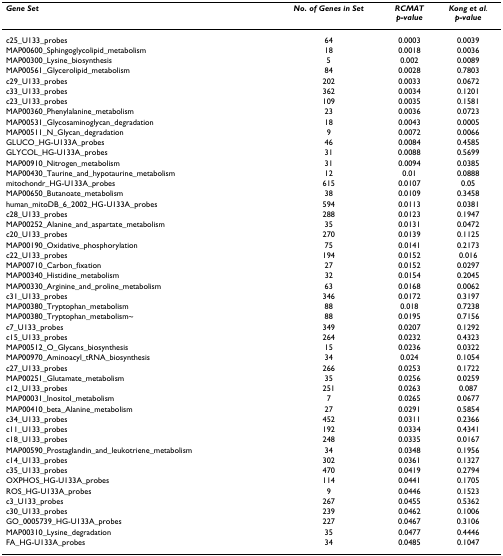
<table><thead><tr><td><b><i>Gene Set</i></b></td><td><b><i>No. of Genes in Set</i></b></td><td><b><i>RCMAT</i><i>p-value</i></b></td><td><b><i>Kong et al</i>.<i>p-value</i></b></td></tr></thead><tbody><tr><td>c25_U133_probes</td><td>64</td><td>0.0003</td><td>0.0039</td></tr><tr><td>MAP00600_Sphingoglycolipid_metabolism</td><td>18</td><td>0.0018</td><td>0.0036</td></tr><tr><td>MAP00300_Lysine_biosynthesis</td><td>5</td><td>0.002</td><td>0.0089</td></tr><tr><td>MAP00561_Glycerolipid_metabolism</td><td>84</td><td>0.0028</td><td>0.7803</td></tr><tr><td>c29_U133_probes</td><td>202</td><td>0.0033</td><td>0.0672</td></tr><tr><td>c33_U133_probes</td><td>362</td><td>0.0034</td><td>0.1201</td></tr><tr><td>c23_U133_probes</td><td>109</td><td>0.0035</td><td>0.1581</td></tr><tr><td>MAP00360_Phenylalanine_metabolism</td><td>23</td><td>0.0036</td><td>0.0723</td></tr><tr><td>MAP00531_Glycosaminoglycan_degradation</td><td>18</td><td>0.0043</td><td>0.0005</td></tr><tr><td>MAP00511_N_Glycan_degradation</td><td>9</td><td>0.0072</td><td>0.0066</td></tr><tr><td>GLUCO_HG-U133A_probes</td><td>46</td><td>0.0084</td><td>0.4585</td></tr><tr><td>GLYCOL_HG-U133A_probes</td><td>31</td><td>0.0088</td><td>0.5699</td></tr><tr><td>MAP00910_Nitrogen_metabolism</td><td>31</td><td>0.0094</td><td>0.0385</td></tr><tr><td>MAP00430_Taurine_and_hypotaurine_metabolism</td><td>12</td><td>0.01</td><td>0.0888</td></tr><tr><td>mitochondr_HG-U133A_probes</td><td>615</td><td>0.0107</td><td>0.05</td></tr><tr><td>MAP00650_Butanoate_metabolism</td><td>38</td><td>0.0109</td><td>0.3458</td></tr><tr><td>human_mitoDB_6_2002_HG-U133A_probes</td><td>594</td><td>0.0113</td><td>0.0381</td></tr><tr><td>c28_U133_probes</td><td>288</td><td>0.0123</td><td>0.1947</td></tr><tr><td>MAP00252_Alanine_and_aspartate_metabolism</td><td>35</td><td>0.0131</td><td>0.0472</td></tr><tr><td>c20_U133_probes</td><td>270</td><td>0.0139</td><td>0.1125</td></tr><tr><td>MAP00190_Oxidative_phosphorylation</td><td>75</td><td>0.0141</td><td>0.2173</td></tr><tr><td>c22_U133_probes</td><td>194</td><td>0.0152</td><td>0.016</td></tr><tr><td>MAP00710_Carbon_fixation</td><td>27</td><td>0.0152</td><td>0.0297</td></tr><tr><td>MAP00340_Histidine_metabolism</td><td>32</td><td>0.0154</td><td>0.2045</td></tr><tr><td>MAP00330_Arginine_and_proline_metabolism</td><td>63</td><td>0.0168</td><td>0.0062</td></tr><tr><td>c31_U133_probes</td><td>346</td><td>0.0172</td><td>0.3197</td></tr><tr><td>MAP00380_Tryptophan_metabolism</td><td>88</td><td>0.018</td><td>0.7238</td></tr><tr><td>MAP00380_Tryptophan_metabolism~</td><td>88</td><td>0.0195</td><td>0.7156</td></tr><tr><td>c7_U133_probes</td><td>349</td><td>0.0207</td><td>0.1292</td></tr><tr><td>c15_U133_probes</td><td>264</td><td>0.0232</td><td>0.4323</td></tr><tr><td>MAP00512_O_Glycans_biosynthesis</td><td>15</td><td>0.0236</td><td>0.0322</td></tr><tr><td>MAP00970_Aminoacyl_tRNA_biosynthesis</td><td>34</td><td>0.024</td><td>0.1054</td></tr><tr><td>c27_U133_probes</td><td>266</td><td>0.0253</td><td>0.1722</td></tr><tr><td>MAP00251_Glutamate_metabolism</td><td>35</td><td>0.0256</td><td>0.0259</td></tr><tr><td>c12_U133_probes</td><td>251</td><td>0.0263</td><td>0.087</td></tr><tr><td>MAP00031_Inositol_metabolism</td><td>7</td><td>0.0265</td><td>0.0677</td></tr><tr><td>MAP00410_beta_Alanine_metabolism</td><td>27</td><td>0.0291</td><td>0.5854</td></tr><tr><td>c34_U133_probes</td><td>452</td><td>0.0311</td><td>0.2366</td></tr><tr><td>c11_U133_probes</td><td>192</td><td>0.0334</td><td>0.4341</td></tr><tr><td>c18_U133_probes</td><td>248</td><td>0.0335</td><td>0.0167</td></tr><tr><td>MAP00590_Prostaglandin_and_leukotriene_metabolism</td><td>34</td><td>0.0348</td><td>0.1956</td></tr><tr><td>c14_U133_probes</td><td>302</td><td>0.0361</td><td>0.1327</td></tr><tr><td>c35_U133_probes</td><td>470</td><td>0.0419</td><td>0.2794</td></tr><tr><td>OXPHOS_HG-U133A_probes</td><td>114</td><td>0.0441</td><td>0.1705</td></tr><tr><td>ROS_HG-U133A_probes</td><td>9</td><td>0.0446</td><td>0.1523</td></tr><tr><td>c3_U133_probes</td><td>267</td><td>0.0455</td><td>0.5362</td></tr><tr><td>c30_U133_probes</td><td>239</td><td>0.0462</td><td>0.1006</td></tr><tr><td>GO_0005739_HG-U133A_probes</td><td>227</td><td>0.0467</td><td>0.3106</td></tr><tr><td>MAP00310_Lysine_degradation</td><td>35</td><td>0.0477</td><td>0.4446</td></tr><tr><td>FA_HG-U133A_probes</td><td>34</td><td>0.0485</td><td>0.1047</td></tr></tbody></table>